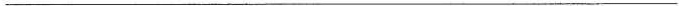
___